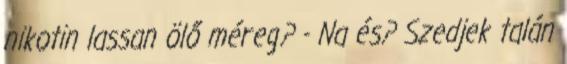
nikotin lassan ölő méreg? - Na és? Szedjek talán